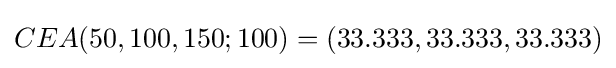
CEA(50,100,150;100)=(33.333,33.333,33.333)